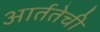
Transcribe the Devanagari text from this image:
आर्ततेची